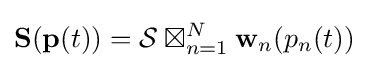
\mathbf {S} (\mathbf {p} (t))={\mathcal {S}}\boxtimes _{n=1}^{N}\mathbf {w} _{n}(p_{n}(t))